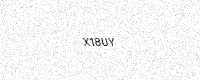
Text: X18UY